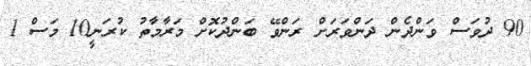
90 ދުވަސް ވަންދެން ދަންވަރަށް ރަންވޭ ބަންދުކޮށް މަރާމާތު ކުރަނީ10 މަސް 1